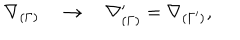
LaTeX: \nabla _ { ( \Gamma ) } \quad \rightarrow \quad \nabla _ { ( \Gamma ) } ^ { \prime } = \nabla _ { ( \Gamma ^ { \prime } ) } ,